Sketch of the medical history of the native army of Bombay, for the year
Year: 1875
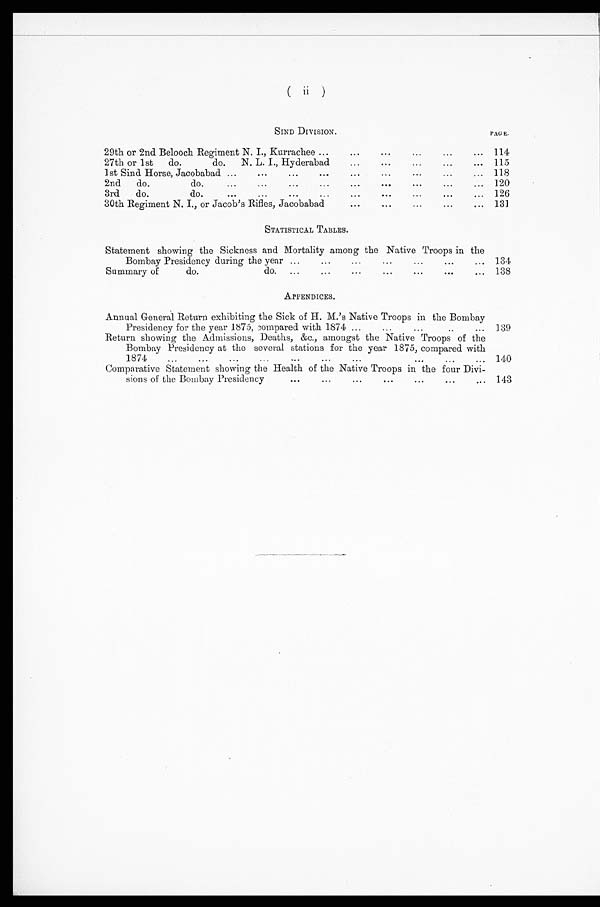
(ii)
SIND DIVISION.
P A G E .
29th or 2nd Belooch Regiment N. I., Kurrachee ...
. . . ...
...
...
114
27th or 1st
do.
do.
N. L. I., Hyderabad
...
...
...
...
... 115
1st Sind Horse, Jacobabad ...
...
...
...
...
...
...
...
... 118
2nd
do.
do.
...
...
...
...
...
...
...
...
... 120
3rd
do.
do.
...
...
...
...
...
...
...
...
... 126
30th Regiment N. I., or Jacob's Rifles, Jacobabad
...
...
...
...
... 131
STATISTICAL TABLES.
Statement showing the Sickness and Mortality among the Native Troops in the
Bombay Presidency during the year...
... ...
...
... ... 134
Summary of
do.
do.
...
...
...
...
...
...
... 138
APPENDICES.
Annual General Return exhibiting the Sick of H. M.'s Native Troops in the Bombay
Presidency for the year 1875, compared with 1874 ...
...
...
..
... 139
Return showing the Admissions, Deaths, &c., amongst the Native Troops of the
Bombay Presidency at the several stations for the year 1875, compared with
1874
...
...
...
...
...
...
...
...
...
... 140
Comparative Statement showing the Health of the Native Troops in the four Divi-
sions of the Bombay Presidency
...
...
...
...
...
...
... 143